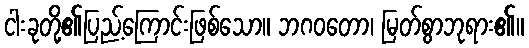
ငါးခုတို့၏ပြည့်ကြောင်းဖြစ်သော။ ဘဂဝတော၊ မြတ်စွာဘုရား၏။